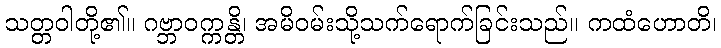
သတ္တဝါတို့၏။ ဂဗ္ဘာဝက္ကန္တိ၊ အမိဝမ်းသို့သက်ရောက်ခြင်းသည်။ ကထံဟောတိ၊